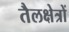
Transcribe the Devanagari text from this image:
तैलक्षेत्रों